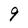
Character: 9